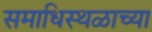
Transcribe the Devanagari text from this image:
समाधिस्थळाच्या